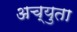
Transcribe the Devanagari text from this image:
अच्युता